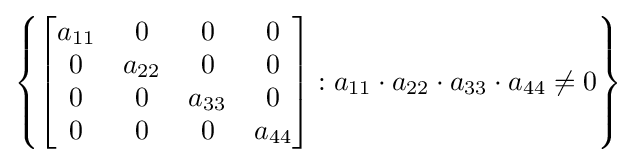
\left\{{\begin{bmatrix}a_{11}&0&0&0\\0&a_{22}&0&0\\0&0&a_{33}&0\\0&0&0&a_{44}\end{bmatrix}}:a_{11}\cdot a_{22}\cdot a_{33}\cdot a_{44}\neq 0\right\}